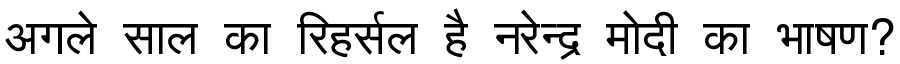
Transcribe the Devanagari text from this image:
अगले साल का रिहर्सल है नरेन्द्र मोदी का भाषण?